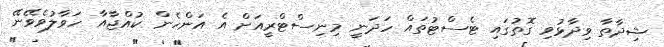
ޝިދާތާ ވިދާޅުވި ގޮތުގައި ޓެސްޓުތައް ހަދަނީ މިނިސްޓްރީއަށް އެ އަންހެން ކުއްޖާއާ ހަވާލުވެވޭނޭ